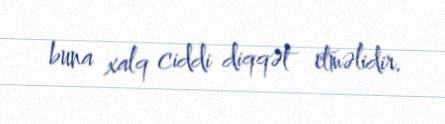
buna xalq ciddi diqqət etməlidir.